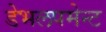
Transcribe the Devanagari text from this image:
डेभलपमेन्ट